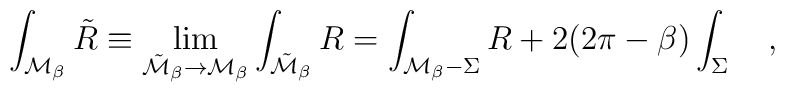
\int_{{\cal M}_\beta} {\tilde R}\equiv \lim_{{\tilde {\cal  M}}_\beta\rightarrow {\cal M}_\beta}\int_{{\tilde {\cal  M}}_\beta}R=\int_{{\cal M}_\beta-\Sigma} R+2(2\pi-\beta)\int_{\Sigma}~~~,